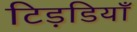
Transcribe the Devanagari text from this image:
टिड़डियाँ